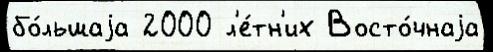
бо́льшаjа 2000 л'е́тн'их Восто́чнаjа